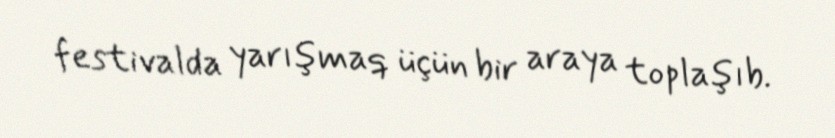
festivalda yarışmaq üçün bir araya toplaşıb.